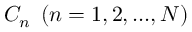
{ C _ { n } } \; \left( { n = 1 , 2 , . . . , N } \right)